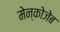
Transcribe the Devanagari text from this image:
मेन्कोजेब